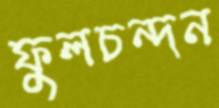
ফুলচন্দন